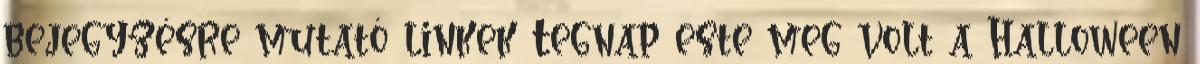
bejegyzésre mutató linkek Tegnap este meg volt a Halloween